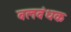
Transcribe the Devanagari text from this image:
बलबंधक